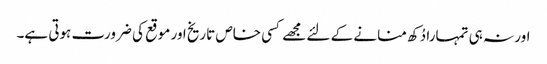
اور نہ ہی تمہارا دُکھ منانے کے لئے مجھے کسی خاص تاریخ اور موقع کی ضرورت ہوتی ہے۔